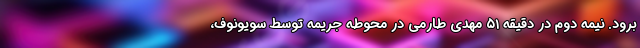
برود. نیمه دوم در دقیقه ۵۱ مهدی طارمی در محوطه جریمه توسط سویونوف،